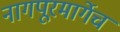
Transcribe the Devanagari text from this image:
नागपूरमार्गेच